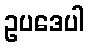
ဥပဒေပါ